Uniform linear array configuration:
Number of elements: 4
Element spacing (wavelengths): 0.75
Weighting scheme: uniform
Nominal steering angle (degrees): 15
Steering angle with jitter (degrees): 15.24
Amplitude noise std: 0.05
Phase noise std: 0.05

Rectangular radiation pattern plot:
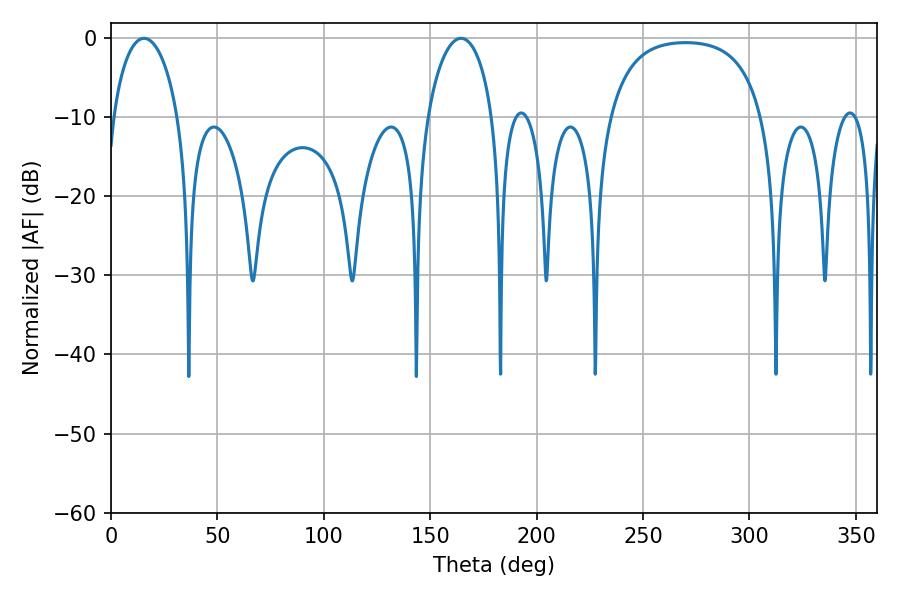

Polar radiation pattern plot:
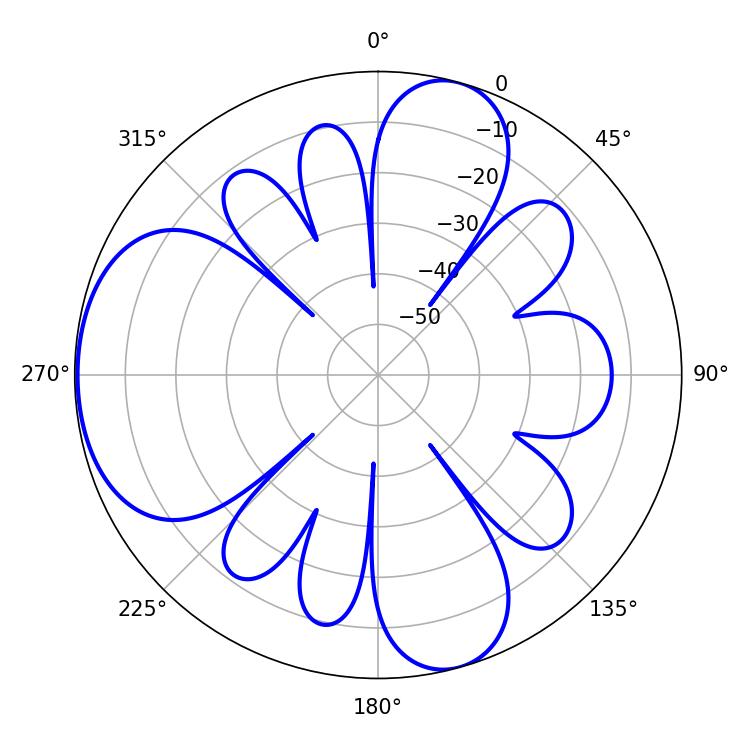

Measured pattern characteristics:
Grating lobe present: TRUE
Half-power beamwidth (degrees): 17.46
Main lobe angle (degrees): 15.48